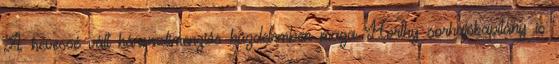
A hevessé vált háromdimenziós küzdelemben maga Horthy sorhajókapitány is